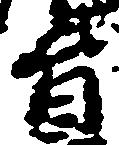
旨